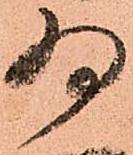
為